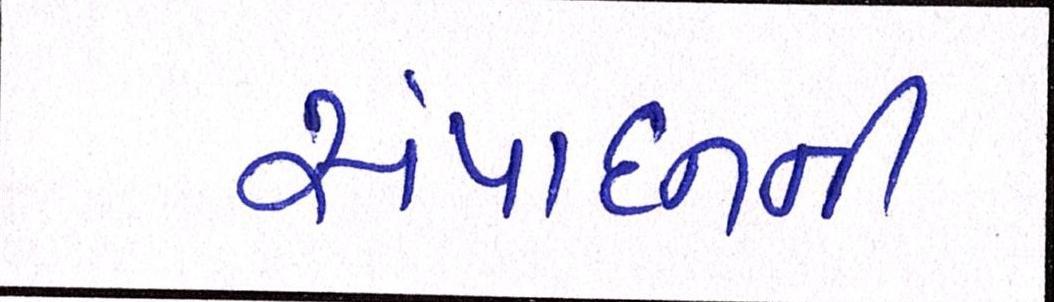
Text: સંપાદનની